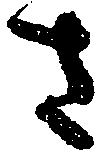
さ